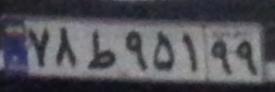
۷۸ط۹۵۱۹۹